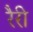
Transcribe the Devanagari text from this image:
रैरी